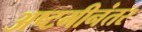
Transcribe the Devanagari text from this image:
अष्टमीनंतर